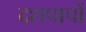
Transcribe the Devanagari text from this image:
दशपापों